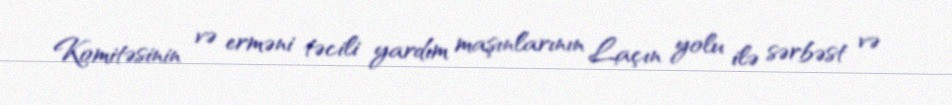
Komitəsinin və erməni təcili yardım maşınlarının Laçın yolu ilə sərbəst və